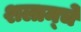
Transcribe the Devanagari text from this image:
शलाम्चे